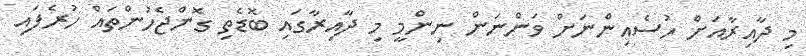
މި ދާއިރާއަށް ހުސެއިންނަށް ވަންނަން ނިންމީ މި ދާއިރާގައި ބޮޑެތި ގޮންޖެހުންތައް ހުރެފައި